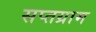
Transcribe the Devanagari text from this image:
सप्तग्राम